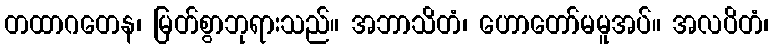
တထာဂတေန၊ မြတ်စွာဘုရားသည်။ အဘာသိတံ၊ ဟောတော်မမူအပ်။ အလပိတံ၊